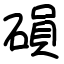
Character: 磒